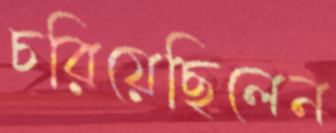
চরিয়েছিলেন